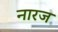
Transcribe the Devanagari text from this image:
नारज